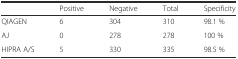
<table><thead><tr><td></td><td><b>Positive</b></td><td><b>Negative</b></td><td><b>Total</b></td><td><b>Specificity</b></td></tr></thead><tbody><tr><td>QIAGEN</td><td>6</td><td>304</td><td>310</td><td>98.1 %</td></tr><tr><td>AJ</td><td>0</td><td>278</td><td>278</td><td>100 %</td></tr><tr><td>HIPRA A/S</td><td>5</td><td>330</td><td>335</td><td>98.5 %</td></tr></tbody></table>